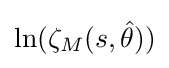
\ln(\zeta _{M}(s,{\hat {\theta }}))